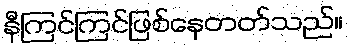
နီကြင်ကြင်ဖြစ်နေတတ်သည်။